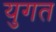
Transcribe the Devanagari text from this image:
युगत